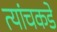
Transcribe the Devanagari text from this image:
त्यांचकडे